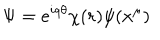
\Psi = e ^ { i q \theta } \chi ( r ) \psi ( x ^ { \mu } )